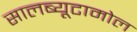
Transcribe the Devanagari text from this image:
सालब्यूटामोल